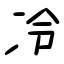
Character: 冷